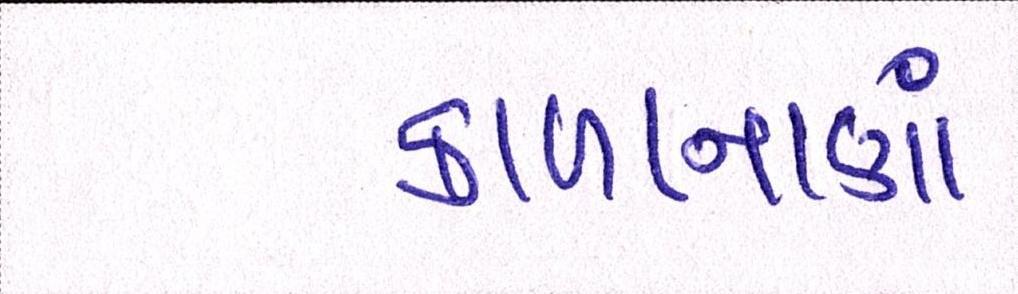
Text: કાળાનાણાં